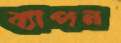
ব্যাপন